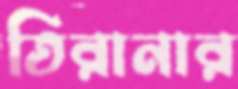
তিরানার